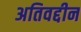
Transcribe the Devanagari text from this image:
अतिवद्दीन